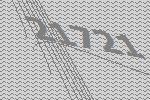
21721